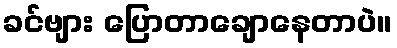
ခင်ဗျား ပြောတာချောနေတာပဲ။